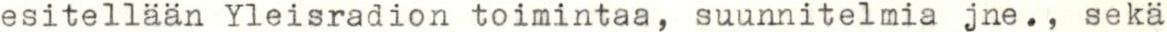
esitellään Yleisradion toimintaa, suunnitelmia jne., sekä